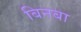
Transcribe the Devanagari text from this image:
बिनबा